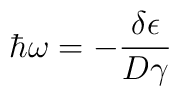
\hbar\omega ={ -\frac{\delta\epsilon}{D\gamma}}